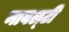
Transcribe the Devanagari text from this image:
नावल्‍टी